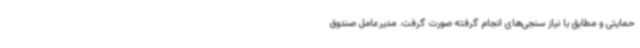
حمایتی و مطابق با نیاز سنجی‌های انجام گرفته صورت گرفت. مدیرعامل صندوق